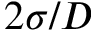
2 \sigma / D